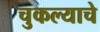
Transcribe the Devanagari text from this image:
चुकल्याचे